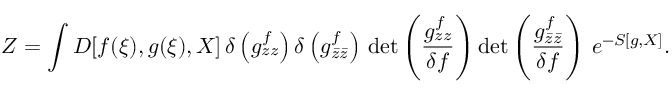
Z = \int { \cal D } [ f ( \xi ) , g ( \xi ) , X ] \, \delta \left( g _ { z z } ^ { f } \right) \delta \left( g _ { \bar { z } \bar { z } } ^ { f } \right) \, \mathrm { d e t } \left( \frac { g _ { z z } ^ { f } } { \delta f } \right) \mathrm { d e t } \left( \frac { g _ { \bar { z } \bar { z } } ^ { f } } { \delta f } \right) \, e ^ { - S [ g , X ] } .